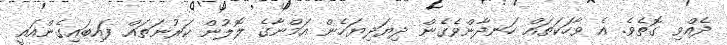
ދެއްވި ގޮތެވެ. އެ ވާހަކަތައް ހަނދާންވެގެން ދިޔަދިޔަހެން އަމްނާގެ ލޮލުން ކަރުނަތައް ފައިބައިގެންއައީ